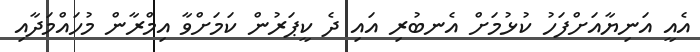
އެއީ އަނިޔާއަށްފަހު ކުޅުމަށް އެނބުރި އައި ދެ ކީޕަރުން ކަމަށްވާ އިމްރާން މުހައްމަދާއި